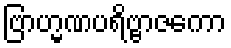
ဗြာဟ္မဏပရိဗ္ဗာဇကော